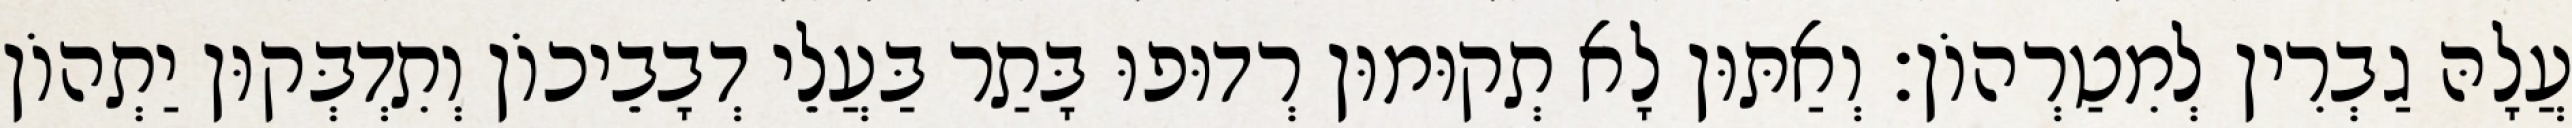
עֲלָהּ גַבְרִין לְמִטַרְהוֹן׃ וְאַתּוּן לָא תְקוּמוּן רְדוּפוּ בָּתַר בַּעֲלֵי דְבָבֵיכוֹן וְתִדְבְּקוּן יַתְהוֹן